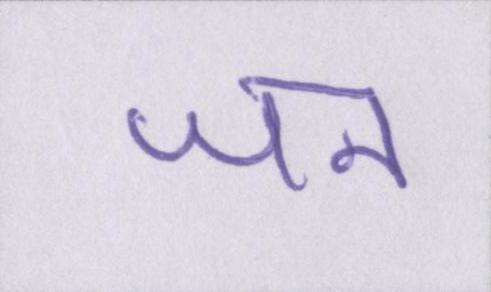
जन